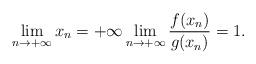
LaTeX: \begin{align*} \lim_{n\to+\infty} x_n = +\infty \lim_{n\to+\infty} \frac{f(x_n)}{g(x_n)} = 1.\end{align*}